Lunatic asylums in Bengal annual reports 1888-1898 - 1888-1898
Year: 1888
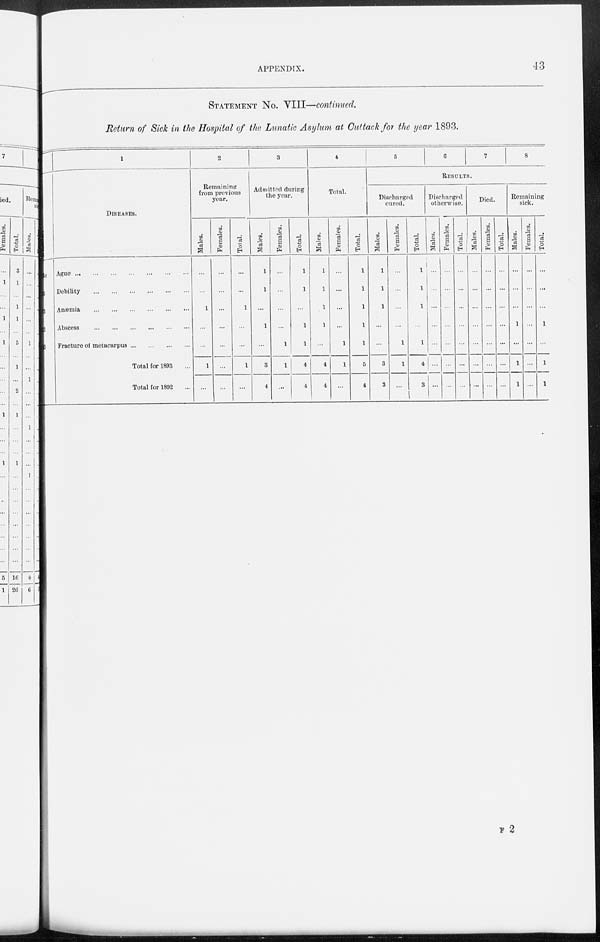
APPENDIX.
43
STATEMENT No. VIII—continued.
Return of Sick in the Hospital of the Lunatic Asylum at Cuttack for the year 1893.
a
b
8
2
3
1
DISEASES.
Ague
...
...
...
...
...
...
...
Debility
...
...
...
...
...
...
Anœmia
...
...
...
...
...
...
Abscess
...
...
...
...
...
...
Fracture of metacarpus
...
...
...
...
Total for 1893 ...
Total for 1892 ...
2
Remaining
from previous
year.
Males.
...
...
1
...
...
1
...
Females.
...
...
...
...
...
...
...
Total.
...
...
1
...
...
1
...
3
Admitted during
the year.
Males.
1
1
...
1
...
3
4
Females.
...
...
...
...
1
1
...
Total.
1
1
...
1
1
4
4
4
Total.
Males.
1
1
1
1
...
4
4
Females.
...
...
...
...
1
1
...
Total.
1
1
1
1
1
5
4
5
6
7
8
RESULTS.
Discharged
cured.
Males.
1
1
1
...
...
3
3
Females.
...
...
...
...
1
1
...
Total.
1
1
1
...
1
4
3
Discharged
otherwise.
Males.
...
...
...
...
...
...
...
Females.
...
...
...
...
...
...
...
Total.
...
...
...
...
...
...
...
Died.
Males.
...
...
...
...
...
...
...
Females.
...
...
...
...
...
...
...
Total.
...
...
...
...
...
...
Remaining
sick.
Males.
...
...
...
1
...
1
1
Females.
...
...
...
...
...
...
...
Total.
...
...
...
1
...
1
1
F 2